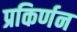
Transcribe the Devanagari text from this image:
प्रकिर्णन